General report no. 6 on the lunatic asylums, vaccination and dispensaries in the Bengal Presidency, 1873 -
Year: 1873
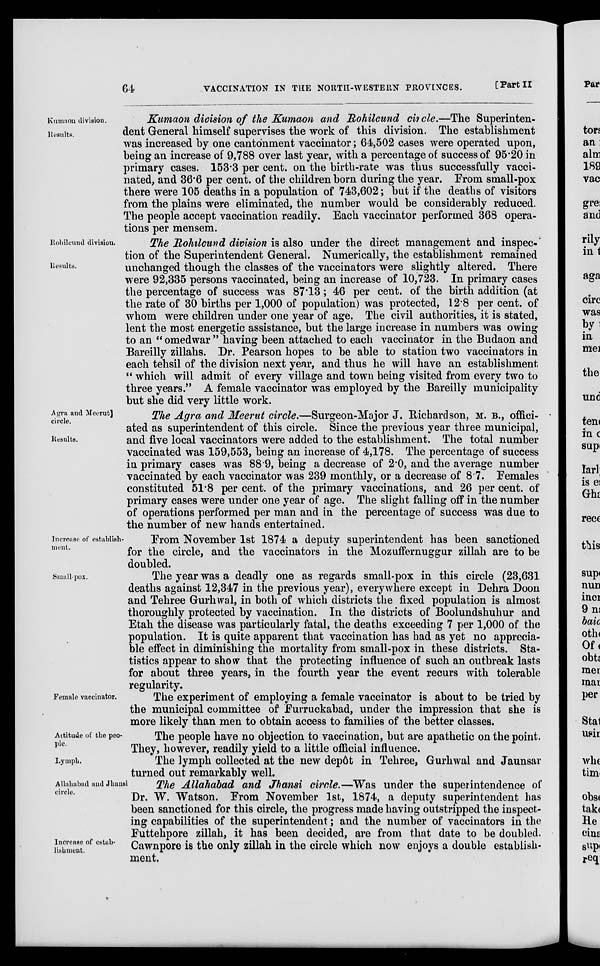
64
VACCINATION IN THE NORTH-WESTERN PROVINCES.
[Part II
Kumaon division.
Results.
Kumaon division of the Kumaon and Rohilcund circle.—The Superinten-
dent General himself supervises the work of this division. The establishment
was increased by one cantonment vaccinator; 64,502 cases were operated upon,
being an increase of 9,788 over last year, with a percentage of success of 95.20 in
primary cases. 153.3 per cent. on the birth-rate was thus successfully vacci-
nated, and 36.6 per cent. of the children born during the year. From small-pox
there were 105 deaths in a population of 743,602; but if the deaths of visitors
from the plains were eliminated, the number would be considerably reduced.
The people accept vaccination readily. Each vaccinator performed 368 opera-
tions per mensem.
Rohilcund division.
Results.
The Rohilcund division is also under the direct management and inspec-
tion of the Superintendent General. Numerically, the establishment remained
unchanged though the classes of the vaccinators were slightly altered. There
were 92,335 persons vaccinated, being an increase of 10,723. In primary cases
the percentage of success was 87.13; 46 per cent. of the birth addition (at
the rate of 30 births per 1,000 of population) was protected, 12.8 per cent. of
whom were children under one year of age. The civil authorities, it is stated,
lent the most energetic assistance, but the large increase in numbers was owing
to an " omedwar " having been attached to each vaccinator in the Budaon and
Bareilly zillahs. Dr. Pearson hopes to be able to station two vaccinators in
each tehsil of the division next year, and thus he will have an establishment
" which will admit of every village and town being visited from every two to
three years." A female vaccinator was employed by the Bareilly municipality
but she did very little work.
Agra and Meerut
circle.
Results.
The Agra and Meerut circle.—Surgeon-Major J. Richardson, M. B., offici-
ated as superintendent of this circle. Since the previous year three municipal,
and five local vaccinators were added to the establishment. The total number
vaccinated was 159,553, being an increase of 4,178. The percentage of success
in primary cases was 88.9, being a decrease of 2.0, and the average number
vaccinated by each vaccinator was 239 monthly, or a decrease of 8.7. Females
constituted 51.8 per cent. of the primary vaccinations, and 26 per cent. of
primary cases were under one year of age. The slight falling off in the number
of operations performed per man and in the percentage of success was due to
the number of new hands entertained.
Increase of establish-
ment.
From November 1st 1874 a deputy superintendent has been sanctioned
for the circle, and the vaccinators in the Mozuffernuggur zillah are to be
doubled.
Small-pox.
The year was a deadly one as regards small-pox in this circle (23,631
deaths against 12,347 in the previous year), everywhere except in Dehra Doon
and Tehree Gurhwal, in both of which districts the fixed population is almost
thoroughly protected by vaccination. In the districts of Boolundshuhur and
Etah the disease was particularly fatal, the deaths exceeding 7 per 1,000 of the
population. It is quite apparent that vaccination has had as yet no apprecia-
ble effect in diminishing the mortality from small-pox in these districts. Sta-
tistics appear to show that the protecting influence of such an outbreak lasts
for about three years, in the fourth year the event recurs with tolerable
regularity.
Female vaccinator.
The experiment of employing a female vaccinator is about to be tried by
the municipal committee of Furruckabad, under the impression that she is
more likely than men to obtain access to families of the better classes.
Attitude of the peo-
ple.
The people have no objection to vaccination, but are apathetic on the point.
They, however, readily yield to a little official influence.
Lymph.
The lymph collected at the new depôt in Tehree, Gurhwal and Jaunsar
turned out remarkably well.
Allahabad and Jhansi
circle.
Increase of estab-
lishment.
The Allahabad and Jhansi circle.—Was under the superintendence of
Dr. W. Watson. From November 1st, 1874, a deputy superintendent has
been sanctioned for this circle, the progress made having outstripped the inspect-
ing capabilities of the superintendent; and the number of vaccinators in the
Futtehpore zillah, it has been decided, are from that date to be doubled.
Cawnpore is the only zillah in the circle which now enjoys a double establish-
ment.